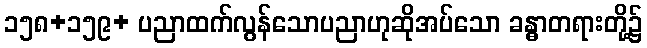
၁၅၈+၁၅၉+ ပညာထက်လွန်သောပညာဟုဆိုအပ်သော ခန္ဓာတရားတို့၌